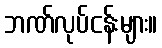
ဘဏ်လုပ်ငန်းများ။